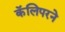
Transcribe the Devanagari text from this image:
कॅलिपरने